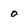
Character: 0